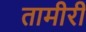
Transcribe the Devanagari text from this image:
तामीरी